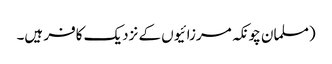
(مسلمان چونکہ مرزائیوں کے نزدیک کافر ہیں۔